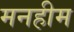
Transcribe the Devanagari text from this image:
मनहीम